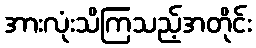
အားလုံးသိကြသည့်အတိုင်း